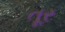
તૂર